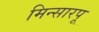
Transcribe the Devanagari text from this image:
मिन्सारपू